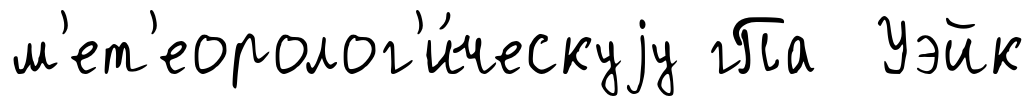
м'ет'еоролог'и́ческуjу гПа Уэйк